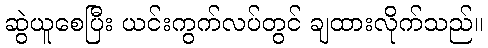
ဆွဲယူစေပြီး ယင်းကွက်လပ်တွင် ချထားလိုက်သည်။